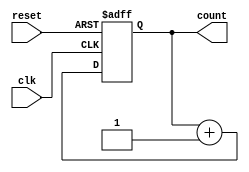

module counter2(input clk, reset, output reg [1:0]count);
always @(posedge clk, posedge reset)
 begin
 if (reset == 1)
 count <= 0; // non blocking assignment
 else
 count <= count + 1; // non blocking assignment
end
endmodule